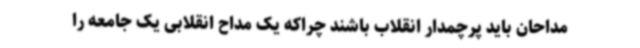
مداحان باید پرچمدار انقلاب باشند چراکه یک مداح انقلابی یک جامعه را